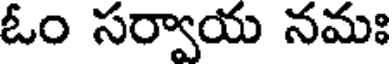
ఓం సర్వాయ నమః